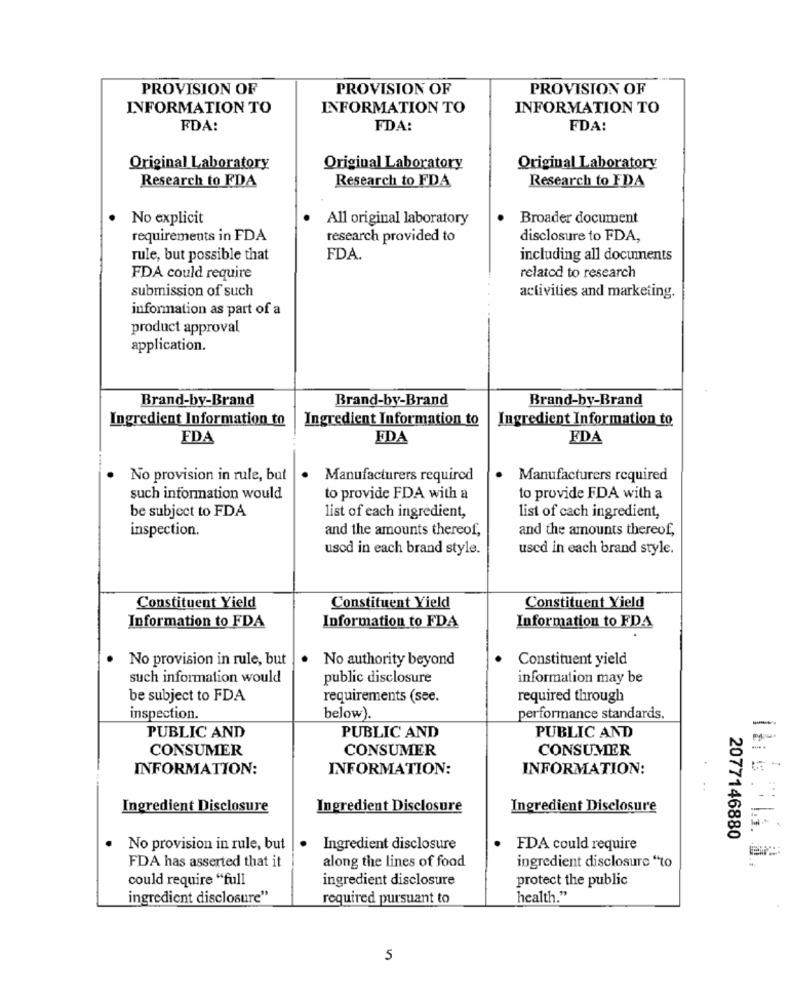
PROVISION OF
PROVISION OF
PROVISION OF
INFORMATION TO
INFORMATION TO
INFORMATION TO
FDA:
FDA:
FDA:
Original Laboratory
Original Laboratory
Original Laboratory
Research to FDA
Research to FDA
Research to FDA
No explicit
All original laboratory
Broader document
requirements in FDA
research provided to
disclosure to FDA,
rule, but possible that
FDA.
including all documents
FDA could require
related to research
submission of such
activities and marketing.
information as part of a
product approval
application.
Brand-by-Brand
Brand-by-Brand
Brand-by-Brand
Ingredient Information to
Ingredient Information to
Ingredient Information to
FDA
FDA
FDA
No provision in rule, but
Manufacturers required
Manufacturers required
such information would
to provide FDA with a
to provide FDA with a
be subject to FDA
list of each ingredient,
list of cach ingredient,
inspection.
and the amounts thereof,
and the amounts thereof,
usod in each brand style.
used in each brand style.
Constituent Yield
Constituent Yield
Constituent Yield
Information to FDA
Information to FDA
Information to FDA
No provision in rule, but
No authority beyond
Constituent yield
such information would
public disclosure
information may be
be subject to FDA
requirements (see.
required through
inspection.
below).
performance standards.
-
PUBLIC AND
PUBLIC AND
PUBLIC AND
CONSUMER
CONSUMER
CONSUMER
-
INFORMATION:
INFORMATION:
INFORMATION:
...
Ingredient Disclosure
Ingredient Disclosure
Ingredient Disclosure
2077146880
No provision in rule, but
Ingredient disclosure
.
FDA could require
along the lines of food
FDA has asserted that it
ingredient disclosure "to
could require "full
ingredient disclosure
protect the public
ingredient disclosure"
required pursuant to
health."
5